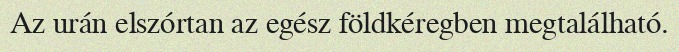
Az urán elszórtan az egész földkéregben megtalálható.